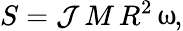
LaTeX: S=\mathcal{J}\, M\, R^{2}\, \upomega,